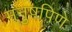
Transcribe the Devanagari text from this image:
मनुषपिणे